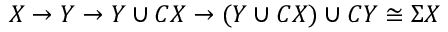
X \rightarrow Y \rightarrow Y \cup C X \rightarrow ( Y \cup C X ) \cup C Y \cong \Sigma X